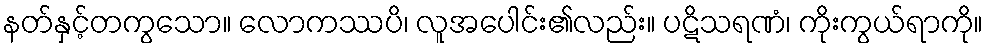
နတ်နှင့်တကွသော။ လောကဿပိ၊ လူအပေါင်း၏လည်း။ ပဋိသရဏံ၊ ကိုးကွယ်ရာကို။